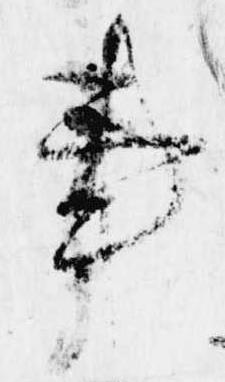
事